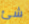
شئ